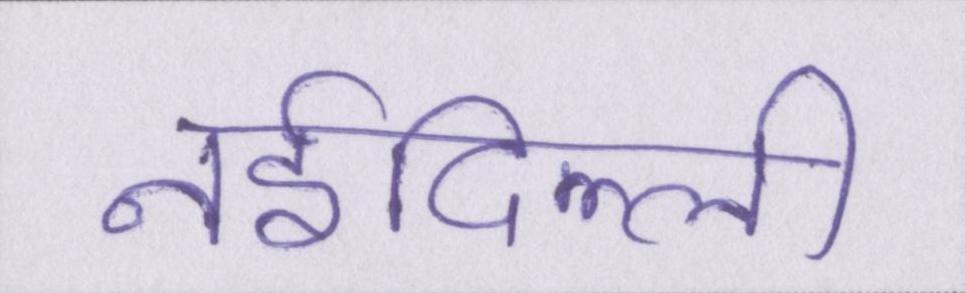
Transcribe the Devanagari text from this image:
नईदिल्ली